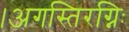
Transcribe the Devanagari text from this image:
।अगस्तिरग्निः